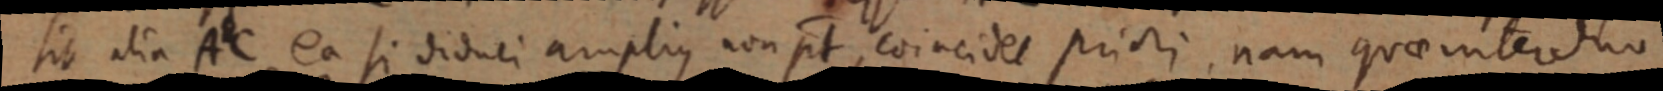
sit alia AC ea si diduci amplius non pt, coincidet priori, nam quae inter duo